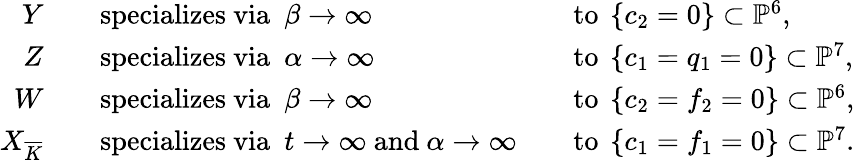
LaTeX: \begin{array}{rlrl}{Y\quad}&{\mathrm{specializes~via~}\ \beta\to\infty}&&{\mathrm{to~}\left\{ c_{2}=0\right\} \subset\mathbb{P}^{6},}\\ {Z\quad}&{\mathrm{specializes~via~}\ \alpha\to\infty}&&{\mathrm{to~}\left\{ c_{1}=q_{1}=0\right\} \subset\mathbb{P}^{7},}\\ {W\quad}&{\mathrm{specializes~via~}\ \beta\to\infty}&&{\mathrm{to~}\left\{ c_{2}=f_{2}=0\right\} \subset\mathbb{P}^{6},}\\ {X_{\overline{{K}}}\quad}&{\mathrm{specializes~via~}\ t\to\infty\mathrm{~and~}\alpha\to\infty}&&{\mathrm{to~}\left\{ c_{1}=f_{1}=0\right\} \subset\mathbb{P}^{7}.}\end{array}